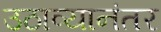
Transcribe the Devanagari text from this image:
उठाव्यानंतर